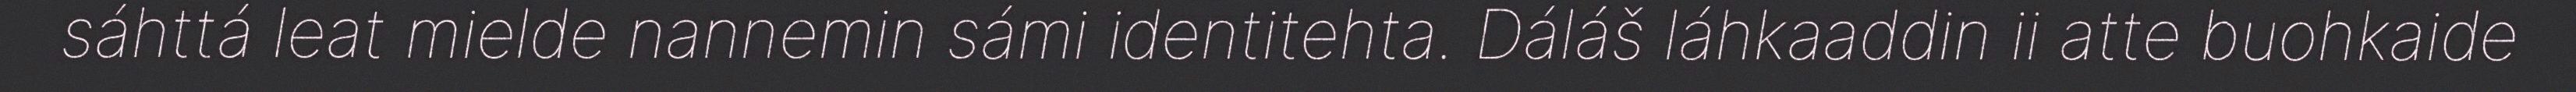
sáhttá leat mielde nannemin sámi identitehta. Dáláš láhkaaddin ii atte buohkaide